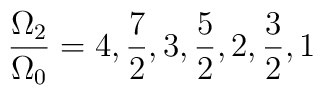
\frac {\Omega_2}{\Omega_0} = 4,\frac {7}{2},3,\frac {5}{2},2,\frac{3}{2},1